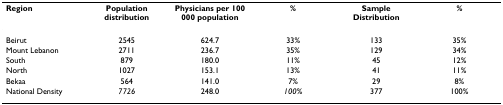
<table><thead><tr><td><b>Region</b></td><td><b>Population distribution</b></td><td><b>Physicians per 100 000 population</b></td><td><b>%</b></td><td><b>Sample Distribution</b></td><td><b>%</b></td></tr></thead><tbody><tr><td>Beirut</td><td>2545</td><td>624.7</td><td>33%</td><td>133</td><td>35%</td></tr><tr><td>Mount Lebanon</td><td>2711</td><td>236.7</td><td>35%</td><td>129</td><td>34%</td></tr><tr><td>South</td><td>879</td><td>180.0</td><td>11%</td><td>45</td><td>12%</td></tr><tr><td>North</td><td>1027</td><td>153.1</td><td>13%</td><td>41</td><td>11%</td></tr><tr><td>Bekaa</td><td>564</td><td>141.0</td><td>7%</td><td>29</td><td>8%</td></tr><tr><td>National Density</td><td><i>7726</i></td><td>248.0</td><td><i>100%</i></td><td>377</td><td>100%</td></tr></tbody></table>